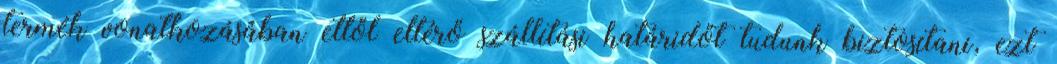
termék vonatkozásában ettől eltérő szállítási határidőt tudunk biztosítani, ezt